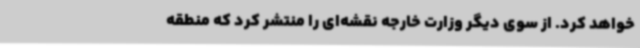
خواهد کرد. از سوی دیگر وزارت خارجه نقشه‌ای را منتشر کرد که منطقه